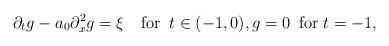
LaTeX: \begin{align*}\partial_tg-a_0\partial_x^2g=\xi\quad\mbox{for}\;\;t\in(-1,0),g=0\;\;\mbox{for}\;t=-1,\end{align*}